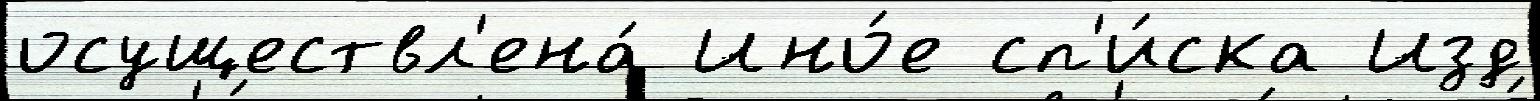
осуществл'ена́ Ино́е сп'и́ска Изд